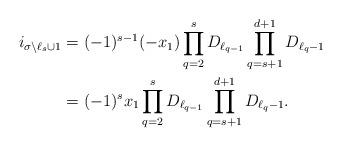
LaTeX: \begin{align*}i_{\sigma \setminus \ell_{s} \cup 1}&=(-1)^{s-1}(-x_1)\prod_{q=2}^{s}{D_{\ell_{q-1}}}\prod_{q=s+1}^{d+1}{D_{\ell_q-1}} \\&=(-1)^{s}x_1\prod_{q=2}^{s}{D_{\ell_{q-1}}}\prod_{q=s+1}^{d+1}{D_{\ell_q-1}}. \end{align*}